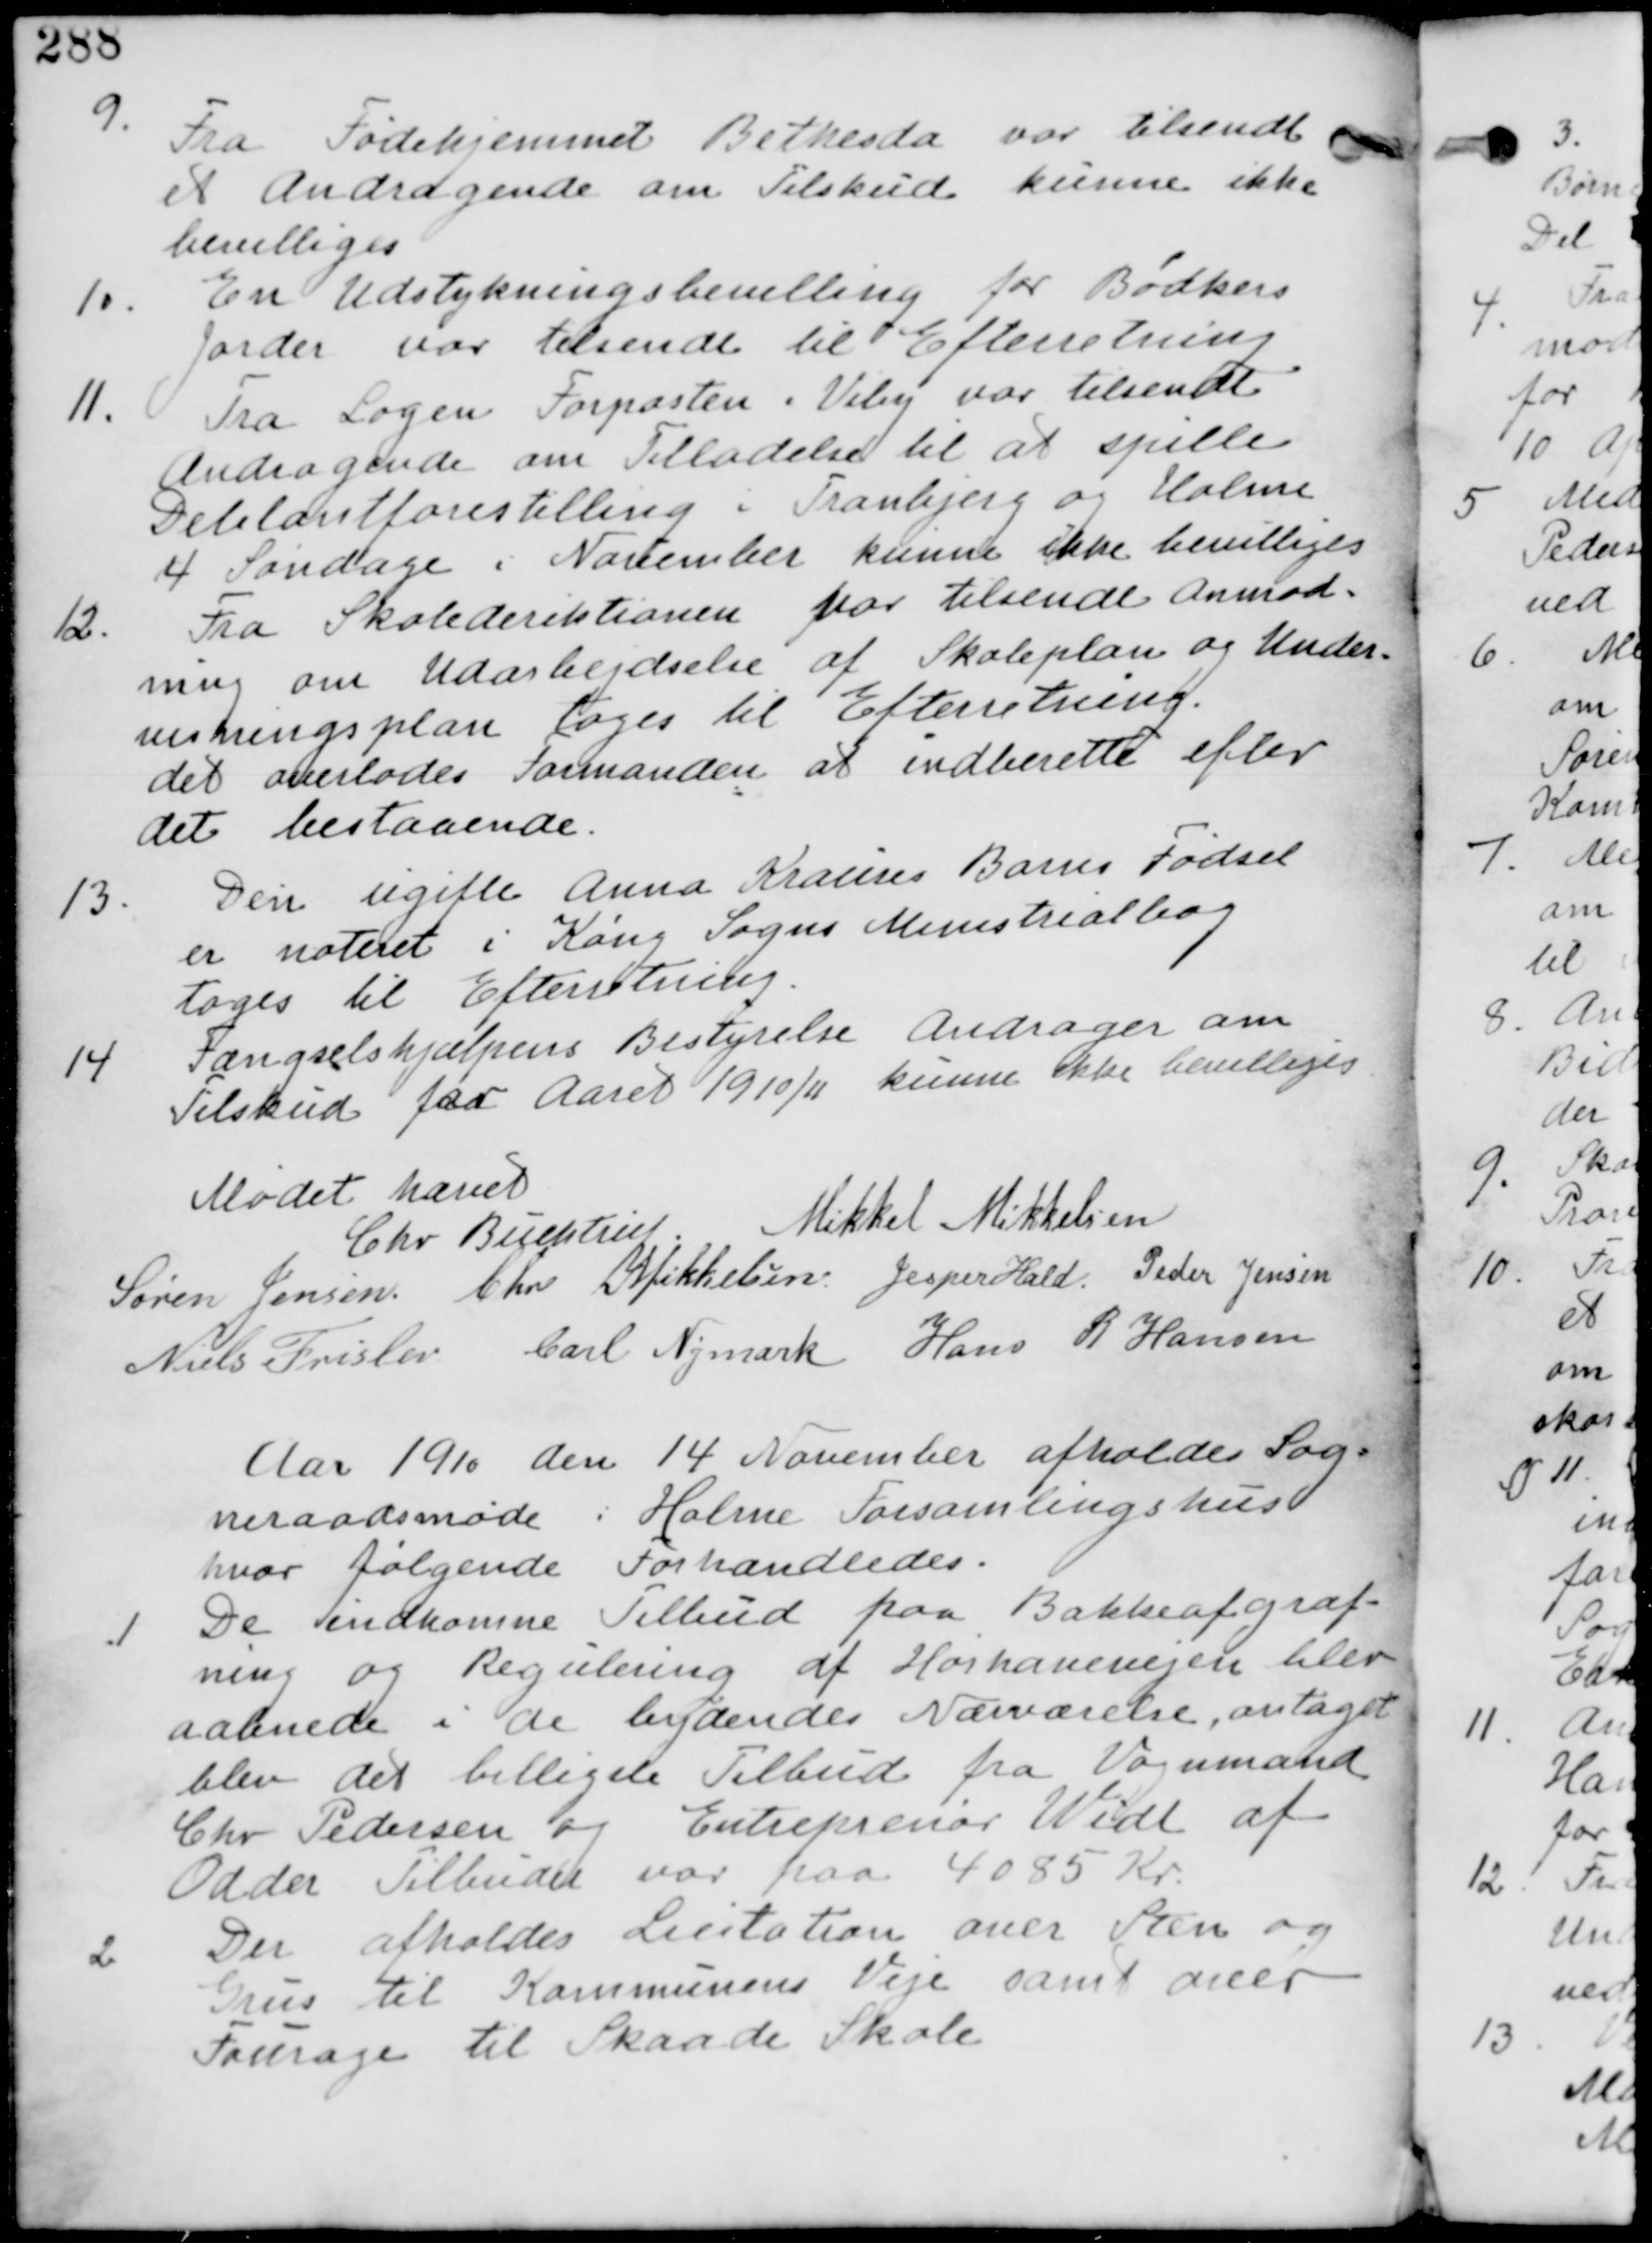
Transskription:
9.
Fra Fødehjemmet Bethesda var tilsendt
et Andragende om Tilskud kunne ikke
bevilliges

10. En Udstykningsbevilling for Bødkers
Jorder var tilsendt til Efterretning.

11.
Fra Logen Forposten i Viby var tilsendt
Andragende om Tilladelse til at spille
Delitantforestilling i Tranbjerg og Holme
4 Søndage i November kunne ikke bevilliges.

12.
Fra Skoledirektionen var tilsendt Anmod-
ning om Udarbejdelse af Skoleplan og Under-
visningsplan tages til Efterretning
det overlades Formanden at indberette efter
det bestaaende.

13.
Den ugifte Anna Kracins Barns Fødsel
er noteret i Køng Sogns Ministrealbog
tages til Efterretning

14. Fængselshjælpens Bestyrelse Andrager om
Tilskud for Aaret 1910/11 kunne ikke bevilliges

Mødet hævet
Chr Buchtrup. Mikkel Mikkelsen
Søren Jensen Chr. Mikkelsen Jesper Hald Peder Jensen
Niels Frislev Carl Nymark Hans R Hansen

Aar 1910 den 14 November afholdes Sog-
neraadsmøde i Holme Forsamlingshus
hvor følgende Forhandledes.

1.
De indkomne Tilbud paa Bakkeafgraf
ning og Regulering af Hørhavevejen blev
aabnede i de bydendes Nærværelse, antaget
blev det billigste Tilbud fra Vognmand
Chr Pedersen og Entreprenør Widl af
Odder Tilbudet var paa 4085 Kr.

2
Der afholde Licitation over Sten og
Grus til Kommunens Veje samt over
Fourage til Skaade Skole